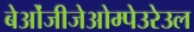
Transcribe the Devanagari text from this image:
बेओंजीजेओम्पेउरेउल